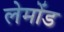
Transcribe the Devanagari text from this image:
लेमोंड